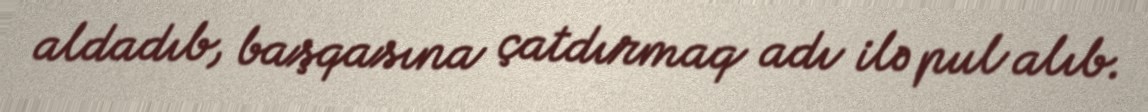
aldadıb, başqasına çatdırmaq adı ilə pul alıb.